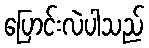
ပြောင်းလဲပါသည်